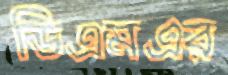
ডিএমএর